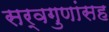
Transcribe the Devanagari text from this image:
सर्वगुणांसह